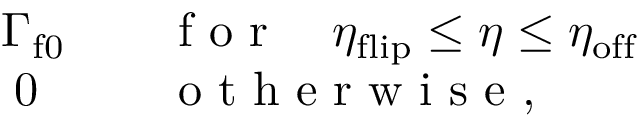
\begin{array} { r l } { \Gamma _ { \mathrm { f 0 } } } & { { } \quad \mathrm { ~ f ~ o ~ r ~ } \quad \eta _ { \mathrm { f l i p } } \leq \eta \leq \eta _ { \mathrm { o f f } } } \\ { 0 \; \; } & { { } \quad \mathrm { ~ o ~ t ~ h ~ e ~ r ~ w ~ i ~ s ~ e ~ } , } \end{array}